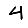
Digit: 4